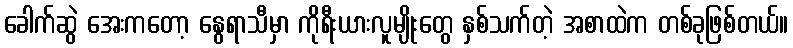
ခေါက်ဆွဲ အေးကတော့ နွေရာသီမှာ ကိုရီးယားလူမျိုးတွေ နှစ်သက်တဲ့ အစာထဲက တစ်ခုဖြစ်တယ်။